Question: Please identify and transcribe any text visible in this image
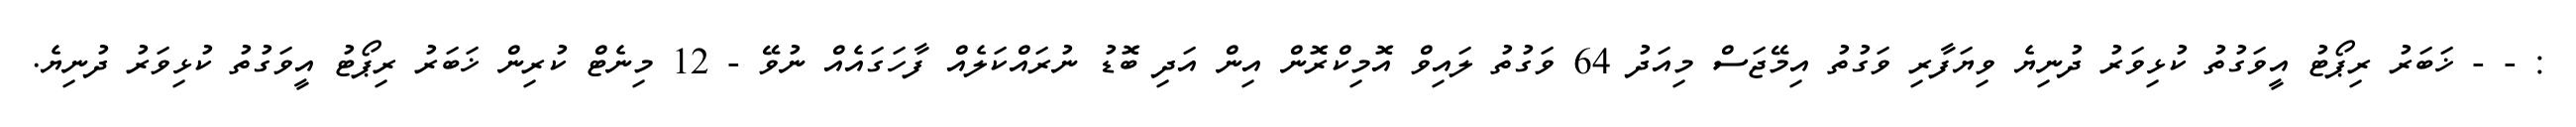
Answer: : - - ޚަބަރު ރިޕޯޓު އީވަގުތު ކުޅިވަރު ދުނިޔެ ވިޔަފާރި ވަގުތު އިމޭޖަސް މިއަދު 64 ވަގުތު ލައިވް އޮމިކްރޮން އިން އަދި ބޮޑު ނުރައްކަލެއް ފާހަގައެއް ނުވޭ - 12 މިނެޓް ކުރިން ޚަބަރު ރިޕޯޓު އީވަގުތު ކުޅިވަރު ދުނިޔެ.